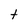
Character: t